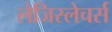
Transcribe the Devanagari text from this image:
लेजिस्लेचर्स